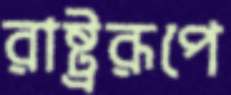
রাষ্ট্ররূপে